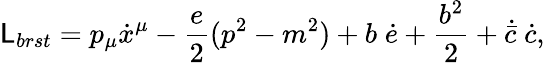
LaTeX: \mathsf{L}_{brst}=p_{\mu}\dot{{x}}^{\mu}-\frac{{e}}{{2}}(p^{2}-m^{2})+b\; \dot{{e}}+\frac{{b^{2}}}{{2}}+\dot{{\bar{{c}}}}\; \dot{{c}},